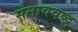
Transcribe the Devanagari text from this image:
समाववष्ट्ट